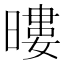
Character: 𭧖